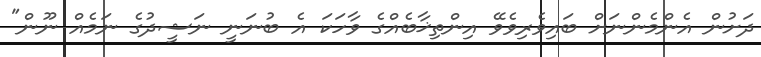
ދަށުން އެންމެންނަށް ބައިވެރިވެވޭ އިންތިޚާބެއްގެ ވާހަކަ އެ ބުނަނީ ނަޝީދުގެ ނަމެއް ނޫން"